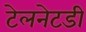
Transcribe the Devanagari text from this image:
टेलनेटडी